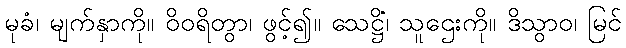
မုခံ၊ မျက်နှာကို။ ဝိဝရိတွာ၊ ဖွင့်၍။ သေဋ္ဌိံ၊ သူဌေးကို။ ဒိသွာဝ၊ မြင်